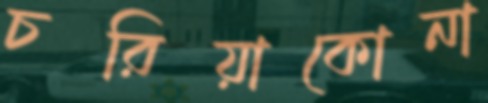
চরিয়াকোনা